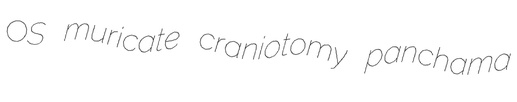
OS muricate craniotomy panchama